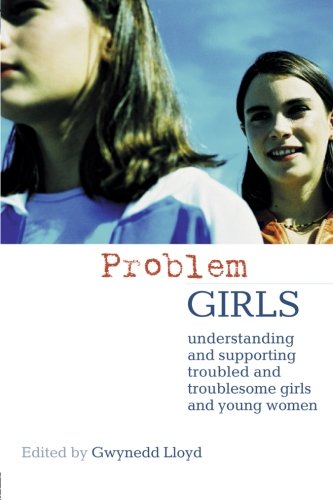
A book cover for Problem Girls: Understanding and Supporting Troubled and Troublesome Girls and Young Women; Gwynedd Lloyd; Test Preparation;